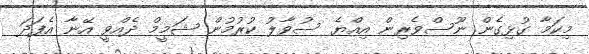
މިކަމާ ގުޅިގެން ނޫސްވެރިން އިއްޔެ ސުވާލު ކުރުމުން ޝަމީމް ދެއްވީ އޭނާ އެފަދަ